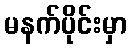
မနက်ပိုင်းမှာ